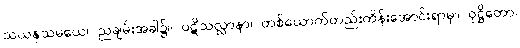
သယနှသမယေ၊ ညချမ်းအခါ၌။ ပဋိသလ္လာနာ၊ တစ်ယောက်တည်းကိန်းအောင်းရာမှ။ ဝုဋ္ဌိတော၊